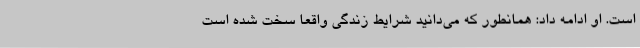
است. او ادامه داد: همانطور که می‌دانید شرایط زندگی واقعا سخت شده است